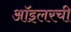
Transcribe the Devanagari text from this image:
ऑइलरची